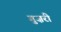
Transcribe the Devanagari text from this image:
गुज़रीं